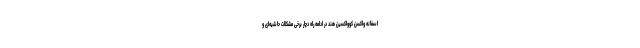
اسفانه واکسن کوواکسین هند در ادامه راه دچار برخی مشکلات حاشیه‌ای و